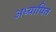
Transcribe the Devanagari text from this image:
अध्यापित